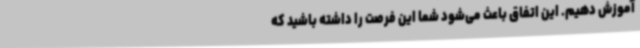
آموزش دهیم. این اتفاق باعث می‌شود شما این فرصت را داشته باشید که